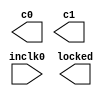
// megafunction wizard: %ALTPLL%VBB%
// GENERATION: STANDARD
// VERSION: WM1.0
// MODULE: altpll 

// ============================================================
// Megafunction Name(s):
// 			altpll
//
// Simulation Library Files(s):
// 			altera_mf
// ============================================================
// ************************************************************
// THIS IS A WIZARD-GENERATED FILE. DO NOT EDIT THIS FILE!
//
// 16.1.2 Build 203 01/18/2017 SJ Lite Edition
// ************************************************************

//Copyright (C) 2017  Intel Corporation. All rights reserved.
//Your use of Intel Corporation's design tools, logic functions 
//and other software and tools, and its AMPP partner logic 
//functions, and any output files from any of the foregoing 
//(including device programming or simulation files), and any 
//associated documentation or information are expressly subject 
//to the terms and conditions of the Intel Program License 
//Subscription Agreement, the Intel Quartus Prime License Agreement,
//the Intel MegaCore Function License Agreement, or other 
//applicable license agreement, including, without limitation, 
//that your use is for the sole purpose of programming logic 
//devices manufactured by Intel and sold by Intel or its 
//authorized distributors.  Please refer to the applicable 
//agreement for further details.

module pll_Mario (
	inclk0,
	c0,
	c1,
	locked);

	input	  inclk0;
	output	  c0;
	output	  c1;
	output	  locked;

endmodule

// ============================================================
// CNX file retrieval info
// ============================================================
// Retrieval info: PRIVATE: ACTIVECLK_CHECK STRING "0"
// Retrieval info: PRIVATE: BANDWIDTH STRING "1.000"
// Retrieval info: PRIVATE: BANDWIDTH_FEATURE_ENABLED STRING "1"
// Retrieval info: PRIVATE: BANDWIDTH_FREQ_UNIT STRING "MHz"
// Retrieval info: PRIVATE: BANDWIDTH_PRESET STRING "Low"
// Retrieval info: PRIVATE: BANDWIDTH_USE_AUTO STRING "1"
// Retrieval info: PRIVATE: BANDWIDTH_USE_PRESET STRING "0"
// Retrieval info: PRIVATE: CLKBAD_SWITCHOVER_CHECK STRING "0"
// Retrieval info: PRIVATE: CLKLOSS_CHECK STRING "0"
// Retrieval info: PRIVATE: CLKSWITCH_CHECK STRING "0"
// Retrieval info: PRIVATE: CNX_NO_COMPENSATE_RADIO STRING "0"
// Retrieval info: PRIVATE: CREATE_CLKBAD_CHECK STRING "0"
// Retrieval info: PRIVATE: CREATE_INCLK1_CHECK STRING "0"
// Retrieval info: PRIVATE: CUR_DEDICATED_CLK STRING "c0"
// Retrieval info: PRIVATE: CUR_FBIN_CLK STRING "c0"
// Retrieval info: PRIVATE: DEVICE_SPEED_GRADE STRING "Any"
// Retrieval info: PRIVATE: DIV_FACTOR0 NUMERIC "1"
// Retrieval info: PRIVATE: DIV_FACTOR1 NUMERIC "1"
// Retrieval info: PRIVATE: DUTY_CYCLE0 STRING "50.00000000"
// Retrieval info: PRIVATE: DUTY_CYCLE1 STRING "50.00000000"
// Retrieval info: PRIVATE: EFF_OUTPUT_FREQ_VALUE0 STRING "10.000000"
// Retrieval info: PRIVATE: EFF_OUTPUT_FREQ_VALUE1 STRING "6.827000"
// Retrieval info: PRIVATE: EXPLICIT_SWITCHOVER_COUNTER STRING "0"
// Retrieval info: PRIVATE: EXT_FEEDBACK_RADIO STRING "0"
// Retrieval info: PRIVATE: GLOCKED_COUNTER_EDIT_CHANGED STRING "1"
// Retrieval info: PRIVATE: GLOCKED_FEATURE_ENABLED STRING "0"
// Retrieval info: PRIVATE: GLOCKED_MODE_CHECK STRING "0"
// Retrieval info: PRIVATE: GLOCK_COUNTER_EDIT NUMERIC "1048575"
// Retrieval info: PRIVATE: HAS_MANUAL_SWITCHOVER STRING "1"
// Retrieval info: PRIVATE: INCLK0_FREQ_EDIT STRING "48.000"
// Retrieval info: PRIVATE: INCLK0_FREQ_UNIT_COMBO STRING "MHz"
// Retrieval info: PRIVATE: INCLK1_FREQ_EDIT STRING "100.000"
// Retrieval info: PRIVATE: INCLK1_FREQ_EDIT_CHANGED STRING "1"
// Retrieval info: PRIVATE: INCLK1_FREQ_UNIT_CHANGED STRING "1"
// Retrieval info: PRIVATE: INCLK1_FREQ_UNIT_COMBO STRING "MHz"
// Retrieval info: PRIVATE: INTENDED_DEVICE_FAMILY STRING "Cyclone IV E"
// Retrieval info: PRIVATE: INT_FEEDBACK__MODE_RADIO STRING "1"
// Retrieval info: PRIVATE: LOCKED_OUTPUT_CHECK STRING "1"
// Retrieval info: PRIVATE: LONG_SCAN_RADIO STRING "1"
// Retrieval info: PRIVATE: LVDS_MODE_DATA_RATE STRING "Not Available"
// Retrieval info: PRIVATE: LVDS_MODE_DATA_RATE_DIRTY NUMERIC "0"
// Retrieval info: PRIVATE: LVDS_PHASE_SHIFT_UNIT0 STRING "deg"
// Retrieval info: PRIVATE: LVDS_PHASE_SHIFT_UNIT1 STRING "deg"
// Retrieval info: PRIVATE: MIG_DEVICE_SPEED_GRADE STRING "Any"
// Retrieval info: PRIVATE: MIRROR_CLK0 STRING "0"
// Retrieval info: PRIVATE: MIRROR_CLK1 STRING "0"
// Retrieval info: PRIVATE: MULT_FACTOR0 NUMERIC "1"
// Retrieval info: PRIVATE: MULT_FACTOR1 NUMERIC "1"
// Retrieval info: PRIVATE: NORMAL_MODE_RADIO STRING "1"
// Retrieval info: PRIVATE: OUTPUT_FREQ0 STRING "10.00000000"
// Retrieval info: PRIVATE: OUTPUT_FREQ1 STRING "6.82700000"
// Retrieval info: PRIVATE: OUTPUT_FREQ_MODE0 STRING "1"
// Retrieval info: PRIVATE: OUTPUT_FREQ_MODE1 STRING "1"
// Retrieval info: PRIVATE: OUTPUT_FREQ_UNIT0 STRING "MHz"
// Retrieval info: PRIVATE: OUTPUT_FREQ_UNIT1 STRING "MHz"
// Retrieval info: PRIVATE: PHASE_RECONFIG_FEATURE_ENABLED STRING "1"
// Retrieval info: PRIVATE: PHASE_RECONFIG_INPUTS_CHECK STRING "0"
// Retrieval info: PRIVATE: PHASE_SHIFT0 STRING "0.00000000"
// Retrieval info: PRIVATE: PHASE_SHIFT1 STRING "0.00000000"
// Retrieval info: PRIVATE: PHASE_SHIFT_STEP_ENABLED_CHECK STRING "0"
// Retrieval info: PRIVATE: PHASE_SHIFT_UNIT0 STRING "deg"
// Retrieval info: PRIVATE: PHASE_SHIFT_UNIT1 STRING "deg"
// Retrieval info: PRIVATE: PLL_ADVANCED_PARAM_CHECK STRING "0"
// Retrieval info: PRIVATE: PLL_ARESET_CHECK STRING "0"
// Retrieval info: PRIVATE: PLL_AUTOPLL_CHECK NUMERIC "1"
// Retrieval info: PRIVATE: PLL_ENHPLL_CHECK NUMERIC "0"
// Retrieval info: PRIVATE: PLL_FASTPLL_CHECK NUMERIC "0"
// Retrieval info: PRIVATE: PLL_FBMIMIC_CHECK STRING "0"
// Retrieval info: PRIVATE: PLL_LVDS_PLL_CHECK NUMERIC "0"
// Retrieval info: PRIVATE: PLL_PFDENA_CHECK STRING "0"
// Retrieval info: PRIVATE: PLL_TARGET_HARCOPY_CHECK NUMERIC "0"
// Retrieval info: PRIVATE: PRIMARY_CLK_COMBO STRING "inclk0"
// Retrieval info: PRIVATE: RECONFIG_FILE STRING "pll_Mario.mif"
// Retrieval info: PRIVATE: SACN_INPUTS_CHECK STRING "0"
// Retrieval info: PRIVATE: SCAN_FEATURE_ENABLED STRING "1"
// Retrieval info: PRIVATE: SELF_RESET_LOCK_LOSS STRING "0"
// Retrieval info: PRIVATE: SHORT_SCAN_RADIO STRING "0"
// Retrieval info: PRIVATE: SPREAD_FEATURE_ENABLED STRING "0"
// Retrieval info: PRIVATE: SPREAD_FREQ STRING "50.000"
// Retrieval info: PRIVATE: SPREAD_FREQ_UNIT STRING "KHz"
// Retrieval info: PRIVATE: SPREAD_PERCENT STRING "0.500"
// Retrieval info: PRIVATE: SPREAD_USE STRING "0"
// Retrieval info: PRIVATE: SRC_SYNCH_COMP_RADIO STRING "0"
// Retrieval info: PRIVATE: STICKY_CLK0 STRING "1"
// Retrieval info: PRIVATE: STICKY_CLK1 STRING "1"
// Retrieval info: PRIVATE: SWITCHOVER_COUNT_EDIT NUMERIC "1"
// Retrieval info: PRIVATE: SWITCHOVER_FEATURE_ENABLED STRING "1"
// Retrieval info: PRIVATE: SYNTH_WRAPPER_GEN_POSTFIX STRING "0"
// Retrieval info: PRIVATE: USE_CLK0 STRING "1"
// Retrieval info: PRIVATE: USE_CLK1 STRING "1"
// Retrieval info: PRIVATE: USE_CLKENA0 STRING "0"
// Retrieval info: PRIVATE: USE_CLKENA1 STRING "0"
// Retrieval info: PRIVATE: USE_MIL_SPEED_GRADE NUMERIC "0"
// Retrieval info: PRIVATE: ZERO_DELAY_RADIO STRING "0"
// Retrieval info: LIBRARY: altera_mf altera_mf.altera_mf_components.all
// Retrieval info: CONSTANT: BANDWIDTH_TYPE STRING "AUTO"
// Retrieval info: CONSTANT: CLK0_DIVIDE_BY NUMERIC "24"
// Retrieval info: CONSTANT: CLK0_DUTY_CYCLE NUMERIC "50"
// Retrieval info: CONSTANT: CLK0_MULTIPLY_BY NUMERIC "5"
// Retrieval info: CONSTANT: CLK0_PHASE_SHIFT STRING "0"
// Retrieval info: CONSTANT: CLK1_DIVIDE_BY NUMERIC "48000"
// Retrieval info: CONSTANT: CLK1_DUTY_CYCLE NUMERIC "50"
// Retrieval info: CONSTANT: CLK1_MULTIPLY_BY NUMERIC "6827"
// Retrieval info: CONSTANT: CLK1_PHASE_SHIFT STRING "0"
// Retrieval info: CONSTANT: COMPENSATE_CLOCK STRING "CLK0"
// Retrieval info: CONSTANT: INCLK0_INPUT_FREQUENCY NUMERIC "20833"
// Retrieval info: CONSTANT: INTENDED_DEVICE_FAMILY STRING "Cyclone IV E"
// Retrieval info: CONSTANT: LPM_TYPE STRING "altpll"
// Retrieval info: CONSTANT: OPERATION_MODE STRING "NORMAL"
// Retrieval info: CONSTANT: PLL_TYPE STRING "AUTO"
// Retrieval info: CONSTANT: PORT_ACTIVECLOCK STRING "PORT_UNUSED"
// Retrieval info: CONSTANT: PORT_ARESET STRING "PORT_UNUSED"
// Retrieval info: CONSTANT: PORT_CLKBAD0 STRING "PORT_UNUSED"
// Retrieval info: CONSTANT: PORT_CLKBAD1 STRING "PORT_UNUSED"
// Retrieval info: CONSTANT: PORT_CLKLOSS STRING "PORT_UNUSED"
// Retrieval info: CONSTANT: PORT_CLKSWITCH STRING "PORT_UNUSED"
// Retrieval info: CONSTANT: PORT_CONFIGUPDATE STRING "PORT_UNUSED"
// Retrieval info: CONSTANT: PORT_FBIN STRING "PORT_UNUSED"
// Retrieval info: CONSTANT: PORT_INCLK0 STRING "PORT_USED"
// Retrieval info: CONSTANT: PORT_INCLK1 STRING "PORT_UNUSED"
// Retrieval info: CONSTANT: PORT_LOCKED STRING "PORT_USED"
// Retrieval info: CONSTANT: PORT_PFDENA STRING "PORT_UNUSED"
// Retrieval info: CONSTANT: PORT_PHASECOUNTERSELECT STRING "PORT_UNUSED"
// Retrieval info: CONSTANT: PORT_PHASEDONE STRING "PORT_UNUSED"
// Retrieval info: CONSTANT: PORT_PHASESTEP STRING "PORT_UNUSED"
// Retrieval info: CONSTANT: PORT_PHASEUPDOWN STRING "PORT_UNUSED"
// Retrieval info: CONSTANT: PORT_PLLENA STRING "PORT_UNUSED"
// Retrieval info: CONSTANT: PORT_SCANACLR STRING "PORT_UNUSED"
// Retrieval info: CONSTANT: PORT_SCANCLK STRING "PORT_UNUSED"
// Retrieval info: CONSTANT: PORT_SCANCLKENA STRING "PORT_UNUSED"
// Retrieval info: CONSTANT: PORT_SCANDATA STRING "PORT_UNUSED"
// Retrieval info: CONSTANT: PORT_SCANDATAOUT STRING "PORT_UNUSED"
// Retrieval info: CONSTANT: PORT_SCANDONE STRING "PORT_UNUSED"
// Retrieval info: CONSTANT: PORT_SCANREAD STRING "PORT_UNUSED"
// Retrieval info: CONSTANT: PORT_SCANWRITE STRING "PORT_UNUSED"
// Retrieval info: CONSTANT: PORT_clk0 STRING "PORT_USED"
// Retrieval info: CONSTANT: PORT_clk1 STRING "PORT_USED"
// Retrieval info: CONSTANT: PORT_clk2 STRING "PORT_UNUSED"
// Retrieval info: CONSTANT: PORT_clk3 STRING "PORT_UNUSED"
// Retrieval info: CONSTANT: PORT_clk4 STRING "PORT_UNUSED"
// Retrieval info: CONSTANT: PORT_clk5 STRING "PORT_UNUSED"
// Retrieval info: CONSTANT: PORT_clkena0 STRING "PORT_UNUSED"
// Retrieval info: CONSTANT: PORT_clkena1 STRING "PORT_UNUSED"
// Retrieval info: CONSTANT: PORT_clkena2 STRING "PORT_UNUSED"
// Retrieval info: CONSTANT: PORT_clkena3 STRING "PORT_UNUSED"
// Retrieval info: CONSTANT: PORT_clkena4 STRING "PORT_UNUSED"
// Retrieval info: CONSTANT: PORT_clkena5 STRING "PORT_UNUSED"
// Retrieval info: CONSTANT: PORT_extclk0 STRING "PORT_UNUSED"
// Retrieval info: CONSTANT: PORT_extclk1 STRING "PORT_UNUSED"
// Retrieval info: CONSTANT: PORT_extclk2 STRING "PORT_UNUSED"
// Retrieval info: CONSTANT: PORT_extclk3 STRING "PORT_UNUSED"
// Retrieval info: CONSTANT: SELF_RESET_ON_LOSS_LOCK STRING "OFF"
// Retrieval info: CONSTANT: WIDTH_CLOCK NUMERIC "5"
// Retrieval info: USED_PORT: @clk 0 0 5 0 OUTPUT_CLK_EXT VCC "@clk[4..0]"
// Retrieval info: USED_PORT: c0 0 0 0 0 OUTPUT_CLK_EXT VCC "c0"
// Retrieval info: USED_PORT: c1 0 0 0 0 OUTPUT_CLK_EXT VCC "c1"
// Retrieval info: USED_PORT: inclk0 0 0 0 0 INPUT_CLK_EXT GND "inclk0"
// Retrieval info: USED_PORT: locked 0 0 0 0 OUTPUT GND "locked"
// Retrieval info: CONNECT: @inclk 0 0 1 1 GND 0 0 0 0
// Retrieval info: CONNECT: @inclk 0 0 1 0 inclk0 0 0 0 0
// Retrieval info: CONNECT: c0 0 0 0 0 @clk 0 0 1 0
// Retrieval info: CONNECT: c1 0 0 0 0 @clk 0 0 1 1
// Retrieval info: CONNECT: locked 0 0 0 0 @locked 0 0 0 0
// Retrieval info: GEN_FILE: TYPE_NORMAL pll_Mario.v TRUE
// Retrieval info: GEN_FILE: TYPE_NORMAL pll_Mario.ppf TRUE
// Retrieval info: GEN_FILE: TYPE_NORMAL pll_Mario.inc FALSE
// Retrieval info: GEN_FILE: TYPE_NORMAL pll_Mario.cmp FALSE
// Retrieval info: GEN_FILE: TYPE_NORMAL pll_Mario.bsf FALSE
// Retrieval info: GEN_FILE: TYPE_NORMAL pll_Mario_inst.v FALSE
// Retrieval info: GEN_FILE: TYPE_NORMAL pll_Mario_bb.v TRUE
// Retrieval info: LIB_FILE: altera_mf
// Retrieval info: CBX_MODULE_PREFIX: ON